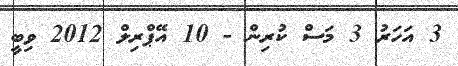
3 އަހަރު 3 މަސް ކުރިން - 10 އޭޕްރިލް 2012 ވިބީ